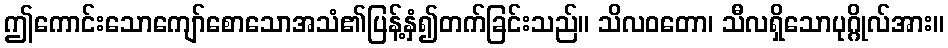
ဤကောင်းသောကျော်စောသောအသံ၏ပြန့်နှံ၍တက်ခြင်းသည်။ သိလဝတော၊ သီလရှိသောပုဂ္ဂိုလ်အား။